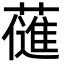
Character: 𮒊